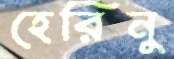
হেরিনু